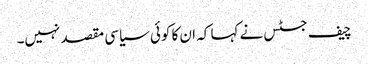
چیف جسٹس نے کہا کہ ان کا کوئی سیاسی مقصد نہیں۔